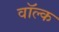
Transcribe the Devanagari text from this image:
वॉल्क